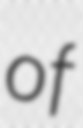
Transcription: of